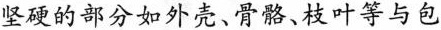
坚硬的部分如外壳、骨骼、枝叶等与包